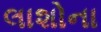
લાશોના